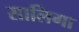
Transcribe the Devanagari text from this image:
सालिगा